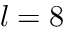
l = 8